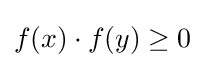
f(x)\cdot f(y)\geq 0